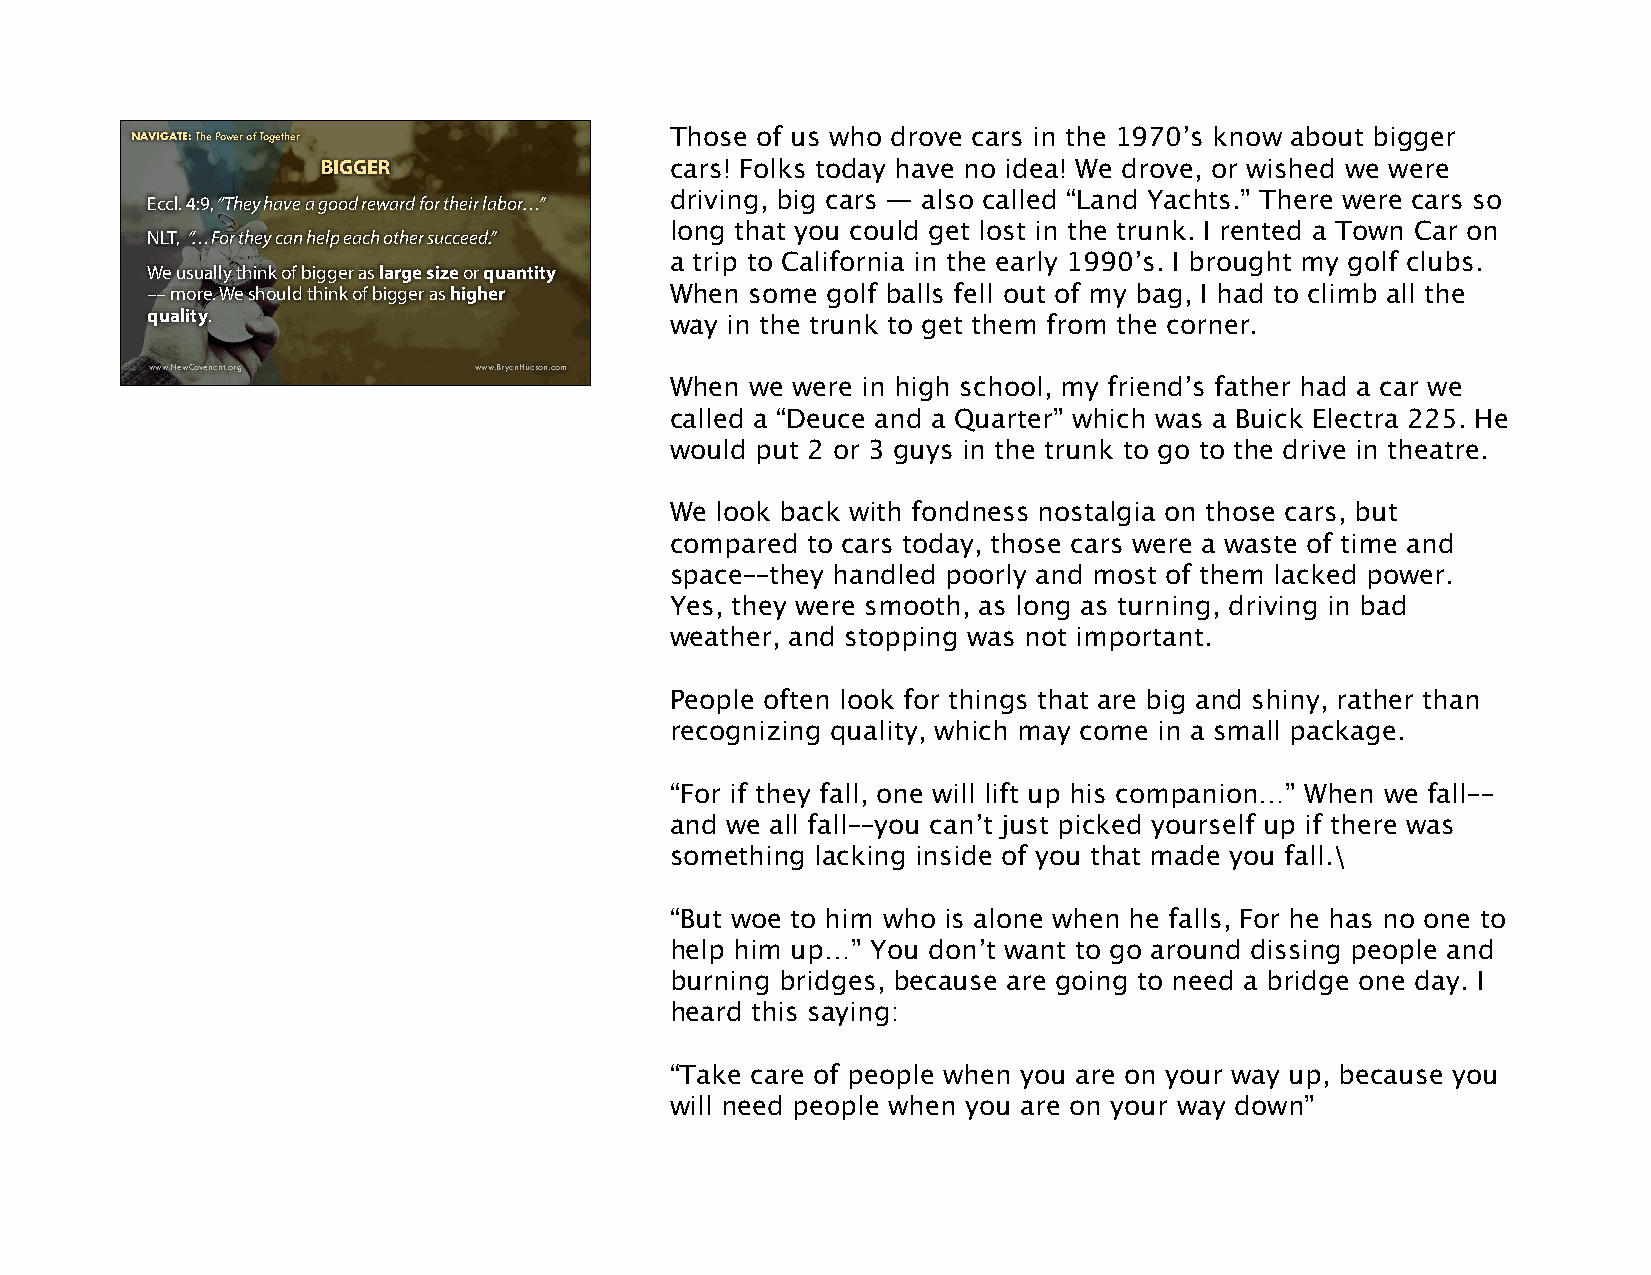
NNAAVIVGAIGTE:A HTowE :t oT Shuecc ePsosfwul eJoru ronfe yT Tohgroeugthh eLirfe and These Times Those of us who drove cars in the 1970’s know about bigger
 BIGGER                 cars! Folks today have no idea! We drove, or wished we were
 driving, big cars — also called “Land Yachts.” There were cars so
 Eccl. 4:9, “They have a good reward for their labor…”
 long that you could get lost in the trunk. I rented a Town Car on
 NLT, “…For they can help each other succeed.”
 a trip to California in the early 1990’s. I brought my golf clubs.
 We usually think of bigger as large size or quantity
 –– more. We should think of bigger as higher When some golf balls fell out of my bag, I had to climb all the
 quality.                          way in the trunk to get them from the corner.
 www.NewCovenant.org  www.BryanHudson.com
 When  we were in high school, my friend’s father had a car we
 called a “Deuce and a Quarter” which was a Buick Electra 225. He
 would put 2 or 3 guys in the trunk to go to the drive in theatre.
 We look back with fondness nostalgia on those cars, but
 compared to cars today, those cars were a waste of time and
 space––they handled poorly and most of them lacked power.
 Yes, they were smooth, as long as turning, driving in bad
 weather, and stopping was not important.
 People often look for things that are big and shiny, rather than
 recognizing quality, which may come in a small package.
 “For if they fall, one will lift up his companion…” When we fall––
 and we all fall––you can’t just picked yourself up if there was
 something lacking inside of you that made you fall.\
 “But woe to him who is alone when he falls, For he has no one to
 help him up…” You don’t want to go around dissing people and
 burning bridges, because are going to need a bridge one day. I
 heard this saying:
 “Take care of people when you are on your way up, because you
 will need people when you are on your way down”